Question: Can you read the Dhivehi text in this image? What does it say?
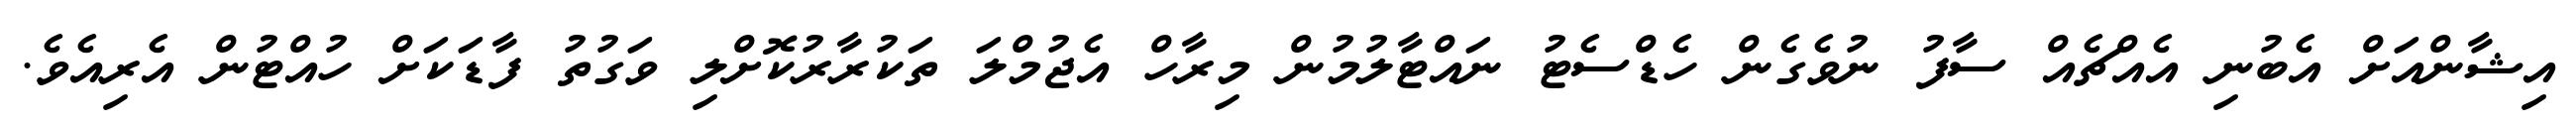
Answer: އިޝާންއަށް އެބުނި އެއްޗެއް ސާފު ނުވެގެން ހެޑްސެޓު ނައްޓާލުމުން މިރާހް އެޖުމްލަ ތަކުރާރުކޮށްލި ވަގުތު ފާޑަކަށް ހުއްޓުން އެރިއެވެ.